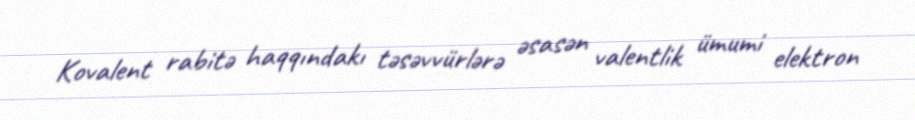
Kovalent rabitə haqqındakı təsəvvürlərə əsasən valentlik ümumi elektron